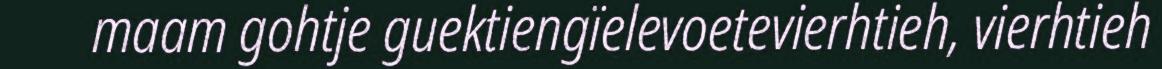
maam gohtje guektiengïelevoetevierhtieh, vierhtieh